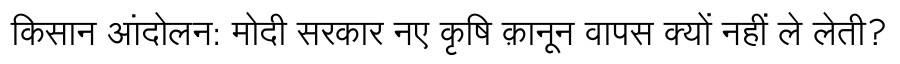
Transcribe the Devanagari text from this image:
किसान आंदोलन: मोदी सरकार नए कृषि क़ानून वापस क्यों नहीं ले लेती?